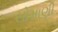
સોમાણી